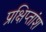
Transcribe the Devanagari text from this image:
प्रक्षिप्तांश